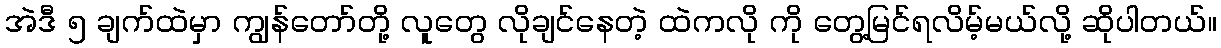
အဲဒီ ၅ ချက်ထဲမှာ ကျွန်တော်တို့ လူတွေ လိုချင်နေတဲ့ ထဲကလို ကို တွေ့မြင်ရလိမ့်မယ်လို့ ဆိုပါတယ်။